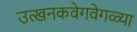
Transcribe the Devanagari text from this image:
उत्खनकवेगवेगळ्या